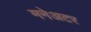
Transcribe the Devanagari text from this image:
मनेअटर